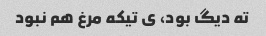
ته دیگ بود، ی تیکه مرغ هم نبود